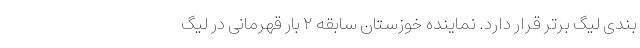
بندی لیگ برتر قرار دارد. نماینده خوزستان سابقه ۲ بار قهرمانی در لیگ